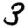
Digit: 3